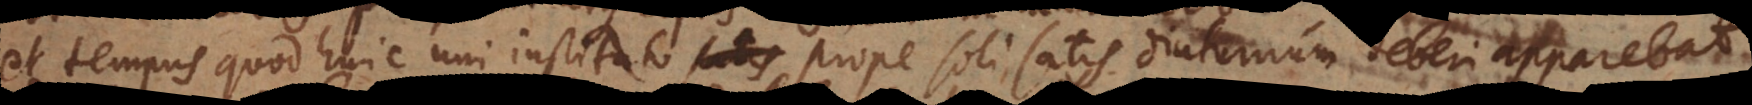
et tempus, quod huic uni instituto prope soli satis diuturnum deberi apparebat,